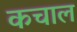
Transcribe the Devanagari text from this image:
कचाल